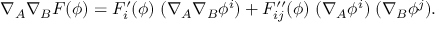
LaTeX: \nabla _ { A } \nabla _ { B } F ( \phi ) = F _ { i } ^ { \prime } ( \phi ) \; ( \nabla _ { A } \nabla _ { B } \phi ^ { i } ) + F _ { i j } ^ { \prime \prime } ( \phi ) \; ( \nabla _ { A } \phi ^ { i } ) \; ( \nabla _ { B } \phi ^ { j } ) .